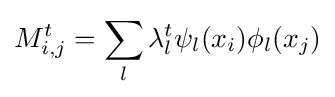
M_{i,j}^{t}=\sum _{l}\lambda _{l}^{t}\psi _{l}(x_{i})\phi _{l}(x_{j})